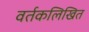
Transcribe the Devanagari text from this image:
वर्तकलिखित